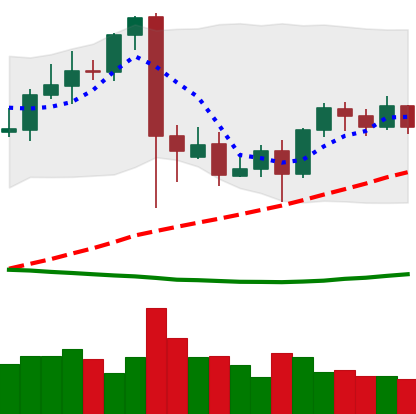
Ticker: BTC-USD
Chart end date: 2021-09-19
Forward return: -9.354%
Label: down_7plus